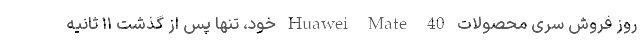
روز فروش سری محصولات 40 Huawei Mate خود، تنها پس از گذشت ۱۱ ثانیه